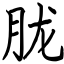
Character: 胧